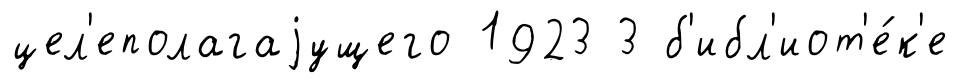
цел'еполагаjущего 1923 3 б'ибл'иот'е́к'е